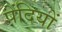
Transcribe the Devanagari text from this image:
पेंदियों